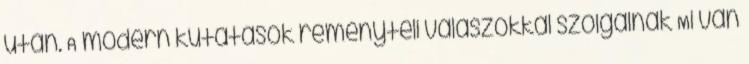
után. A modern kutatások reményteli válaszokkal szolgálnak Mi van